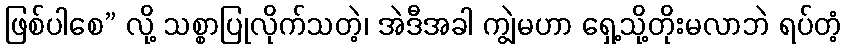
ဖြစ်ပါစေ” လို့ သစ္စာပြုလိုက်သတဲ့၊ အဲဒီအခါ ကျွဲမဟာ ရှေ့သို့တိုးမလာဘဲ ရပ်တံ့